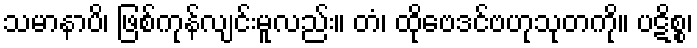
သမာနာပိ၊ ဖြစ်ကုန်လျင်းမူလည်း။ တံ၊ ထိုဗေဒင်ဗဟုသုတကို။ ပဋိစ္စ၊